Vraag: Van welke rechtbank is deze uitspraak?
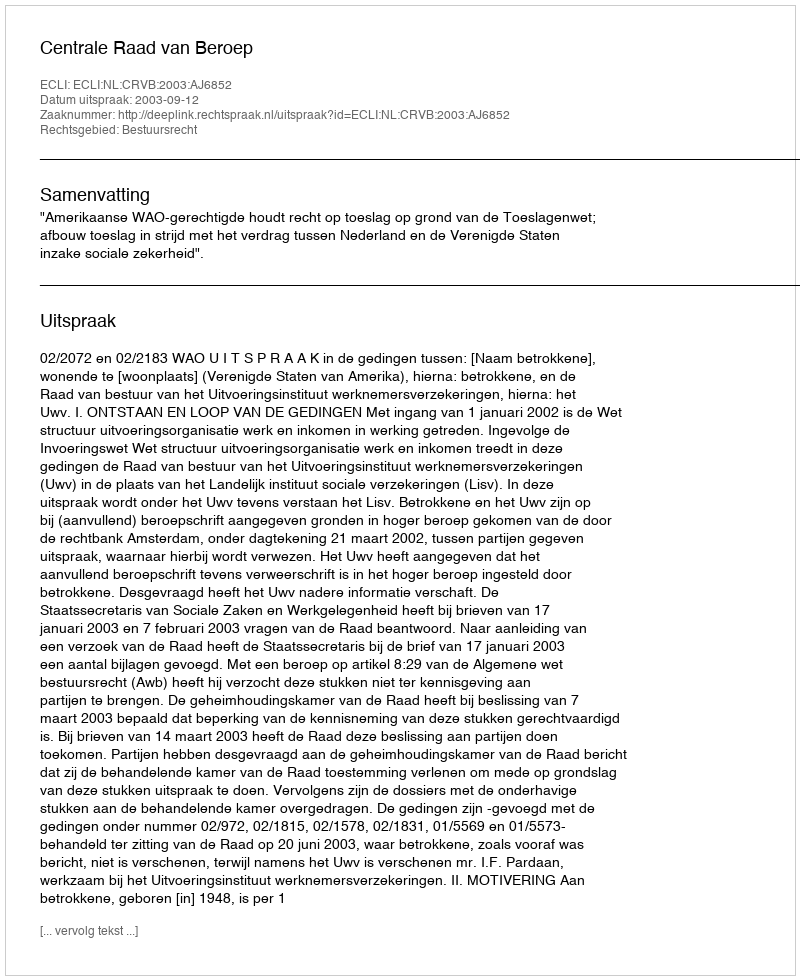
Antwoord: Centrale Raad van Beroep